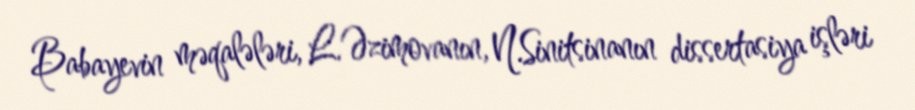
Babayevin məqalələri, L.Əzimovanın, N.Sinitsinanın dissertasiya işləri